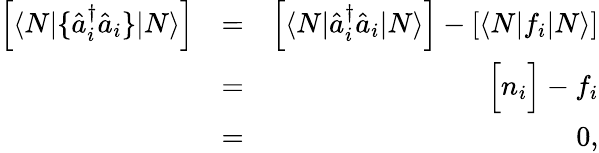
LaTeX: \begin{array}{rlr}{\left[\langle N|\{ \hat{a}_{i}^{\dagger}\hat{a}_{i}\} |N\rangle\right]}&{=}&{\left[\langle N|\hat{a}_{i}^{\dagger}\hat{a}_{i}|N\rangle\right]-\left[\langle N|f_{i}|N\rangle\right]}\\ &{=}&{\Big[n_{i}\Big]-f_{i}}\\ &{=}&{0,}\end{array}